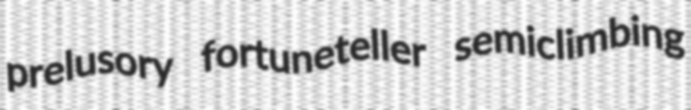
prelusory fortuneteller semiclimbing